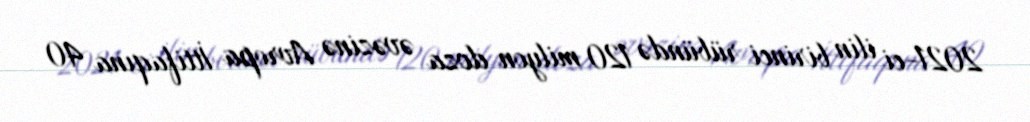
2021-ci ilin birinci rübündə 120 milyon doza əvəzinə Avropa İttifaqına 40